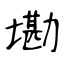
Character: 墈